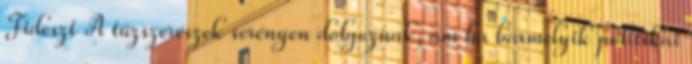
Fideszt A tűzszerészek serényen dolgoznak, ám ha bármelyik politikai